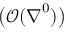
\big ( \mathcal O ( \boldsymbol { \nabla } ^ { 0 } ) \big )